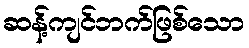
ဆန့်ကျင်ဘက်ဖြစ်သော